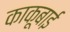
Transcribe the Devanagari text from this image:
काकूबाई